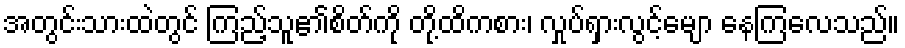
အတွင်းသားထဲတွင် ကြည့်သူ၏စိတ်ကို တို့ထိကစား၊ လှုပ်ရှားလွင့်မျော နေကြလေသည်။